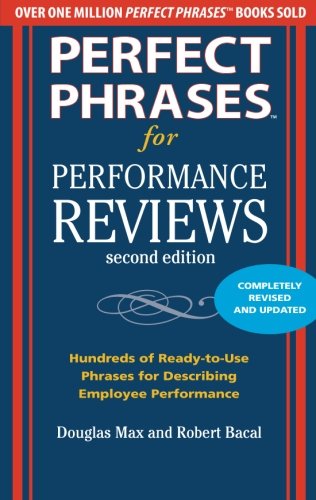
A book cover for Perfect Phrases for Performance Reviews 2/E (Perfect Phrases Series); Douglas Max; Business & Money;